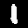
Digit: 1